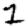
Digit: 1